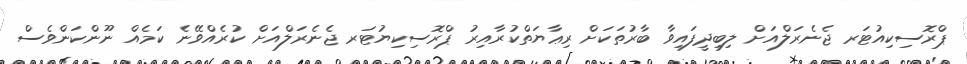
ޕްރޮސިކިއުޓަރ ޖެނެރަލްއަށް ލިބިދީފައިވާ ބާރުތަކަށް ރިޢާޔަތްކުރާއިރު ޕްރޮސިކިޔުޓަރ ޖެނެރަލްއަށް ކުރެއްވޭނެ ކަމެއް ނޫންކަންވެސް